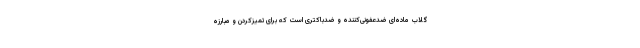
گلاب ماده‌ای ضدعفونی‌کننده و ضدباکتری است که برای تمیزکردن و مبارزه